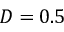
D = 0 . 5